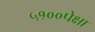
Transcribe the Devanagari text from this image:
५१००पेक्षा